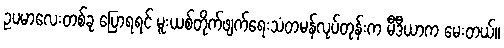
ဥပမာလေးတစ်ခု ပြောရရင် မူးယစ်တိုက်ဖျက်ရေးသံတမန်လုပ်တုန်းက မီဒီယာက မေးတယ်။